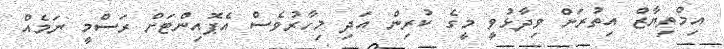
އިމްތިޔާޒް އިތުރަށް ވިދާޅުވީ މީގެ ކުރިން އަދި މިހާރުވެސް އެޕޮއިންޓަށް ރަސްމީ ނަމެއް